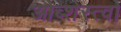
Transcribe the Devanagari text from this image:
ओब्शेस्त्वो